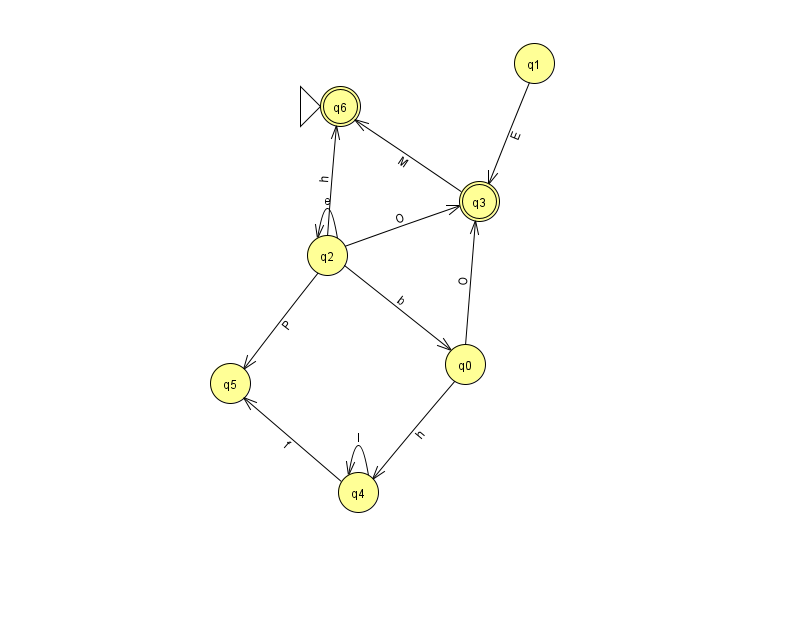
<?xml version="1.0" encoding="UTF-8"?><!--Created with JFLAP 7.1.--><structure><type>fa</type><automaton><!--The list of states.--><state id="0" name="q0"><x>465.0</x><y>351.0</y></state><state id="1" name="q1"><x>534.0</x><y>50.0</y></state><state id="2" name="q2"><x>327.0</x><y>242.0</y></state><state id="3" name="q3"><x>479.0</x><y>188.0</y><final/></state><state id="4" name="q4"><x>358.0</x><y>479.0</y></state><state id="5" name="q5"><x>230.0</x><y>370.0</y></state><state id="6" name="q6"><x>340.0</x><y>93.0</y><initial/><final/></state><!--The list of transitions.--><transition><from>2</from><to>3</to><read>O</read></transition><transition><from>3</from><to>6</to><read>M</read></transition><transition><from>2</from><to>5</to><read>P</read></transition><transition><from>4</from><to>5</to><read>f</read></transition><transition><from>2</from><to>2</to><read>e</read></transition><transition><from>0</from><to>4</to><read>h</read></transition><transition><from>1</from><to>3</to><read>E</read></transition><transition><from>0</from><to>3</to><read>O</read></transition><transition><from>4</from><to>4</to><read>I</read></transition><transition><from>2</from><to>6</to><read>h</read></transition><transition><from>2</from><to>0</to><read>b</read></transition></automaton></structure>